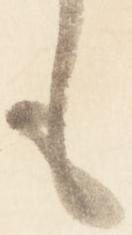
も